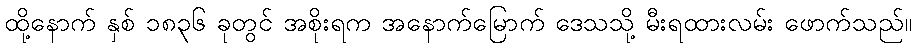
ထို့နောက် နှစ် ၁၈၃၆ ခုတွင် အစိုးရက အနောက်မြောက် ဒေသသို့ မီးရထားလမ်း ဖောက်သည်။